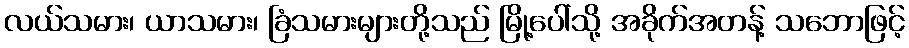
လယ်သမား၊ ယာသမား၊ ခြံသမားများတို့သည် မြို့ပေါ်သို့ အခိုက်အတန့် သဘောဖြင့်